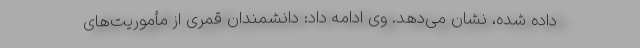
داده شده، نشان می‌دهد. وی ادامه داد: دانشمندان قمری از مأموریت‌های